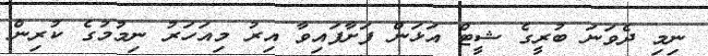
ނިމި ދެވަނަ ބުރީގެ ޝީޓް އަޅަން ފަށާފައިވާ އިރު މިއަހަރު ނިމުމުގެ ކުރިން